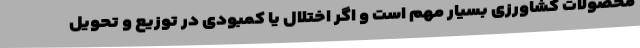
محصولات کشاورزی بسیار مهم است و اگر اختلال یا کمبودی در توزیع و تحویل